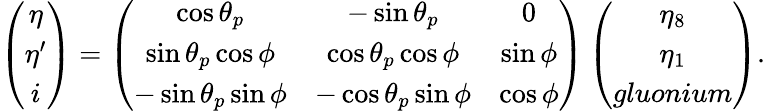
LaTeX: \left(\begin{array}{c}{{\eta}}\\ {{\eta^{\prime}}}\\ {{i}}\end{array}\right)=\left(\begin{array}{cccc}{{\cos{\theta_{p}}}}&{{-\sin{\theta_{p}}}}&{{0}}\\ {{\sin{\theta_{p}}\cos{\phi}}}&{{\cos{\theta_{p}}\cos{\phi}}}&{{\sin{\phi}}}\\ {{-\sin{\theta_{p}}\sin{\phi}}}&{{-\cos{\theta_{p}}\sin{\phi}}}&{{\cos{\phi}}}\end{array}\right)\left(\begin{array}{c}{{\eta_{8}}}\\ {{\eta_{1}}}\\ {{gluonium}}\end{array}\right).